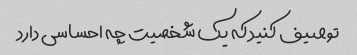
توصیف کنید که یک شخصیت چه احساسی دارد